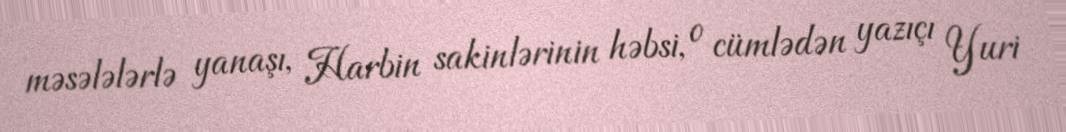
məsələlərlə yanaşı, Harbin sakinlərinin həbsi, o cümlədən yazıçı Yuri